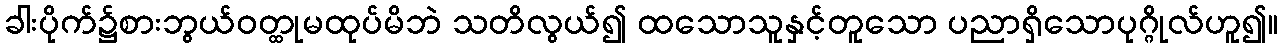
ခါးပိုက်၌စားဘွယ်ဝတ္ထုမထုပ်မိဘဲ သတိလွယ်၍ ထသောသူနှင့်တူသော ပညာရှိသောပုဂ္ဂိုလ်ဟူ၍။